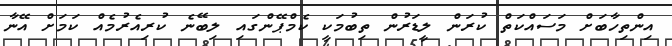
އިންތިހާބަށް މަސައްކަތް ކުރަން ލީޑަރުން ތިބުމަކީ ކެމްޕޭންގައި ލިބޭނެ ކުރިއެރުމެއް ކަމަށް އޭނާ